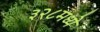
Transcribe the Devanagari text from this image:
३२८मध्ये